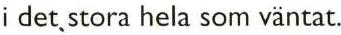
i det, stora hela som väntat.